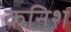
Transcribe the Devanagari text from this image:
कनिश